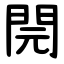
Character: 䦎